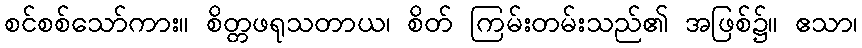
စင်စစ်သော်ကား။ စိတ္တဖရုသတာယ၊ စိတ် ကြမ်းတမ်းသည်၏ အဖြစ်၌။ ဧသာ၊